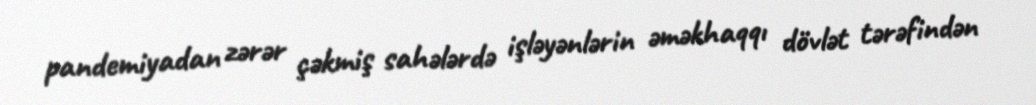
pandemiyadan zərər çəkmiş sahələrdə işləyənlərin əməkhaqqı dövlət tərəfindən